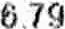
6.79